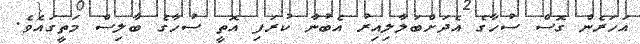
އަހަރެން ގޮސް ސުހާގެ އެދަށްބަލާލިއިރު އެބުނާ ކުރަފި އޮތީ ސުހާގެ ބާލިސް މަތީގައެވެ.